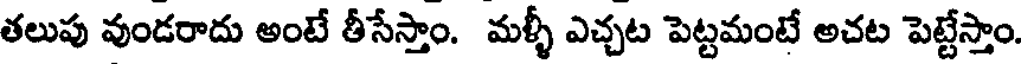
తలుపు వుండరాదు అంటే తీసేస్తాం. మళ్ళీ ఎచ్చట పెట్టమంటే అచట పెట్టేస్తాం.